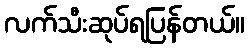
လက်သီးဆုပ်ရပြန်တယ်။